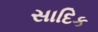
સાદિક